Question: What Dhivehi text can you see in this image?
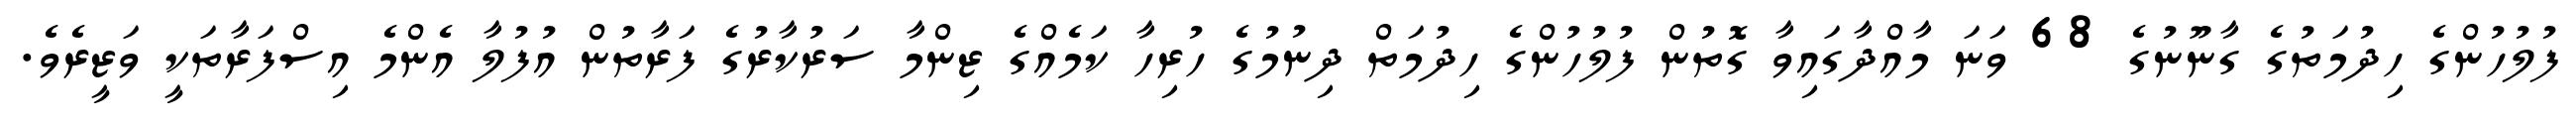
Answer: ފުލުހުންގެ ހިދުމަތުގެ ގާނޫނުގެ 68 ވަނަ މާއްދާގައިވާ ގޮތުން ފުލުހުންގެ ހިދުމަތް ދިނުމުގެ ހުރިހާ ކަމެއްގެ ޒިންމާ ސަރުކާރުގެ ފަރާތުން އުފުލާ އެންމެ އިސްފަރާތަކީ ވަޒީރެވެ.